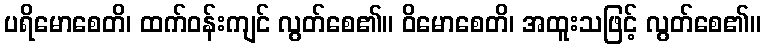
ပရိမောစေတိ၊ ထက်ဝန်းကျင် လွတ်စေ၏။ ဝိမောစေတိ၊ အထူးသဖြင့် လွတ်စေ၏။